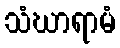
သံဃာရာမံ